Plague in India, 1896, 1897 - Volume 2
Year: 1896
Disease focus: Plague
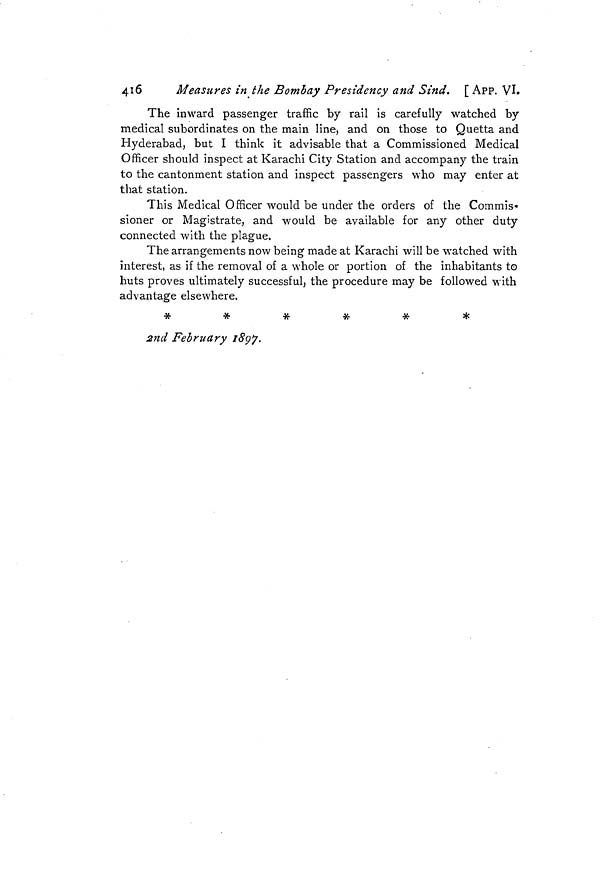
416
Measures in the Bombay Presidency and Sind. [ APP. VI.
The inward passenger traffic by rail is carefully watched by
medical subordinates on the main line, and on those to Quetta and
Hyderabad, but I think it advisable that a Commissioned Medical
Officer should inspect at Karachi City Station and accompany the train
to the cantonment station and inspect passengers who may enter at
that station.
This Medical Officer would be under the orders of the Commis-
sioner or Magistrate, and would be available for any other duty
connected with the plague.
The arrangements now being made at Karachi will be watched with
interest, as if the removal of a whole or portion of the inhabitants to
huts proves ultimately successful, the procedure may be followed with
advantage elsewhere.
*
*
*
*
*
*
*
2nd February 1897.